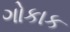
ગોકાક